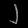
Digit: ၂